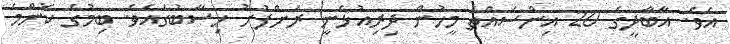
އެވެ. އާބާދީގެ 20 އިންސައްތަ މީހުން ދިރިއުޅެނީ ރަށްފުށު ހިސާބުގައެވެ. ބިމުގެ ކޮންމެ